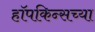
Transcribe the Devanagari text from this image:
हॉपकिन्सच्या